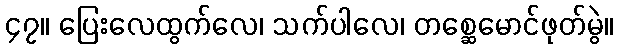
၄၇။ ပြေးလေထွက်လေ၊ သက်ပါလေ၊ တစ္ဆေမောင်ဖုတ်မွဲ။